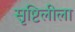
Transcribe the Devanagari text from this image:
सृष्टिलीला